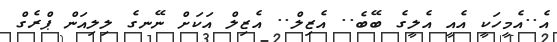
އެ..އެމީހަކީ އެއީ އެލީގެ ބޭބެ.. އެޒިލް.. އެޒިލް އަކަށް ނޭނގެ ލިލިއަން ޕްރެގް